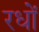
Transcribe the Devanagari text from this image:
रधों